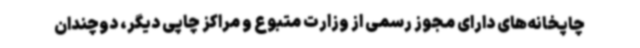
چاپخانه‌های دارای مجوز رسمی از وزارت متبوع و مراکز چاپی دیگر، دوچندان